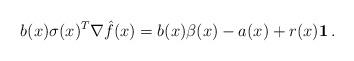
LaTeX: \begin{align*} b(x)\sigma(x)^T \nabla \hat f(x)= b(x)\beta(x)-a(x)+r(x)\mathbf 1\,. \end{align*}